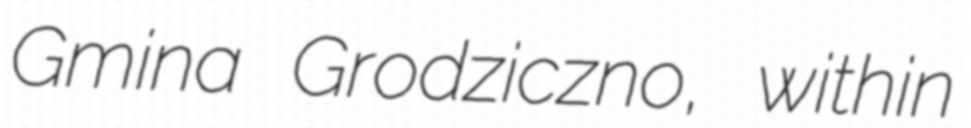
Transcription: Gmina Grodziczno, within